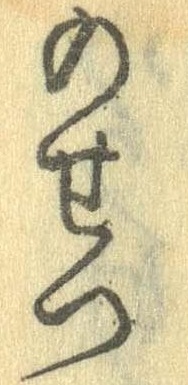
のせつ